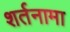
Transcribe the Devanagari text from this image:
शर्तनामा